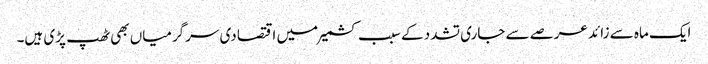
ایک ماہ سے زائد عرصے سے جاری تشدد کے سبب کشمیر میں اقتصادی سرگرمیاں بھی ٹھپ پڑی ہیں۔